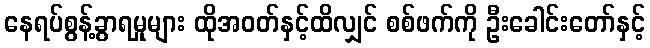
နေရပ်စွန့်ခွာရမှုများ ထိုအဝတ်နှင့်ထိလျှင် စစ်ဖက်ကို ဦးခေါင်းတော်နှင့်